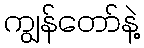
ကျွန်တော်နဲ့